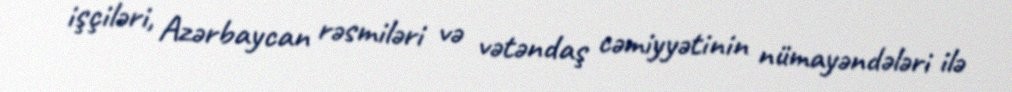
işçiləri, Azərbaycan rəsmiləri və vətəndaş cəmiyyətinin nümayəndələri ilə